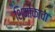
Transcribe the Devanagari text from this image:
शिमोकावा